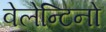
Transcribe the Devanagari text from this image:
वेलेन्टिनो